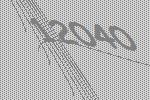
12040